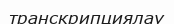
транскрипциялау